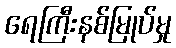
ရေကြီးနစ်မြုပ်မှု